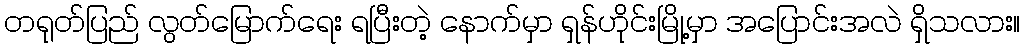
တရုတ်ပြည် လွတ်မြောက်ရေး ရပြီးတဲ့ နောက်မှာ ရှန်ဟိုင်းမြို့မှာ အပြောင်းအလဲ ရှိသလား။